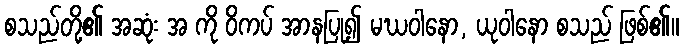
စသည်တို့၏ အဆုံး အ ကို ဝိကပ် အာနပြု၍ မဃဝါနော, ယုဝါနော စသည် ဖြစ်၏။